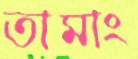
তামাং